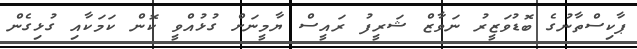
ޕާކިސްތާނުގެ ބޮޑުވަޒީރު ނަވާޒް ޝަރީފު ރައީސް ޔާމީނަށް ގުޅުއްވީ ކޮން ކަމަކާއި ގުޅިގެން